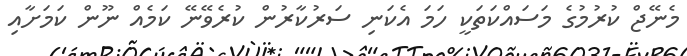
މެނޭޖް ކުރުމުގެ މަސައްކަތަކީ ހަމަ އެކަނި ސަރުކާރުން ކުރެވޭނޭ ކަމެއް ނޫން ކަމަށާއި